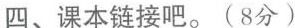
四、课本链接吧。(8分)